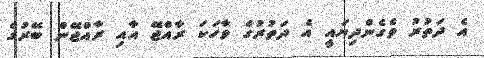
އެ ދަތުރު ވެގެންދިޔައީ އެ ދަތުރުގެ ވާހަކަ ރާއްޖޭ އާއި ރާއްޖޭން ބޭރުގެ